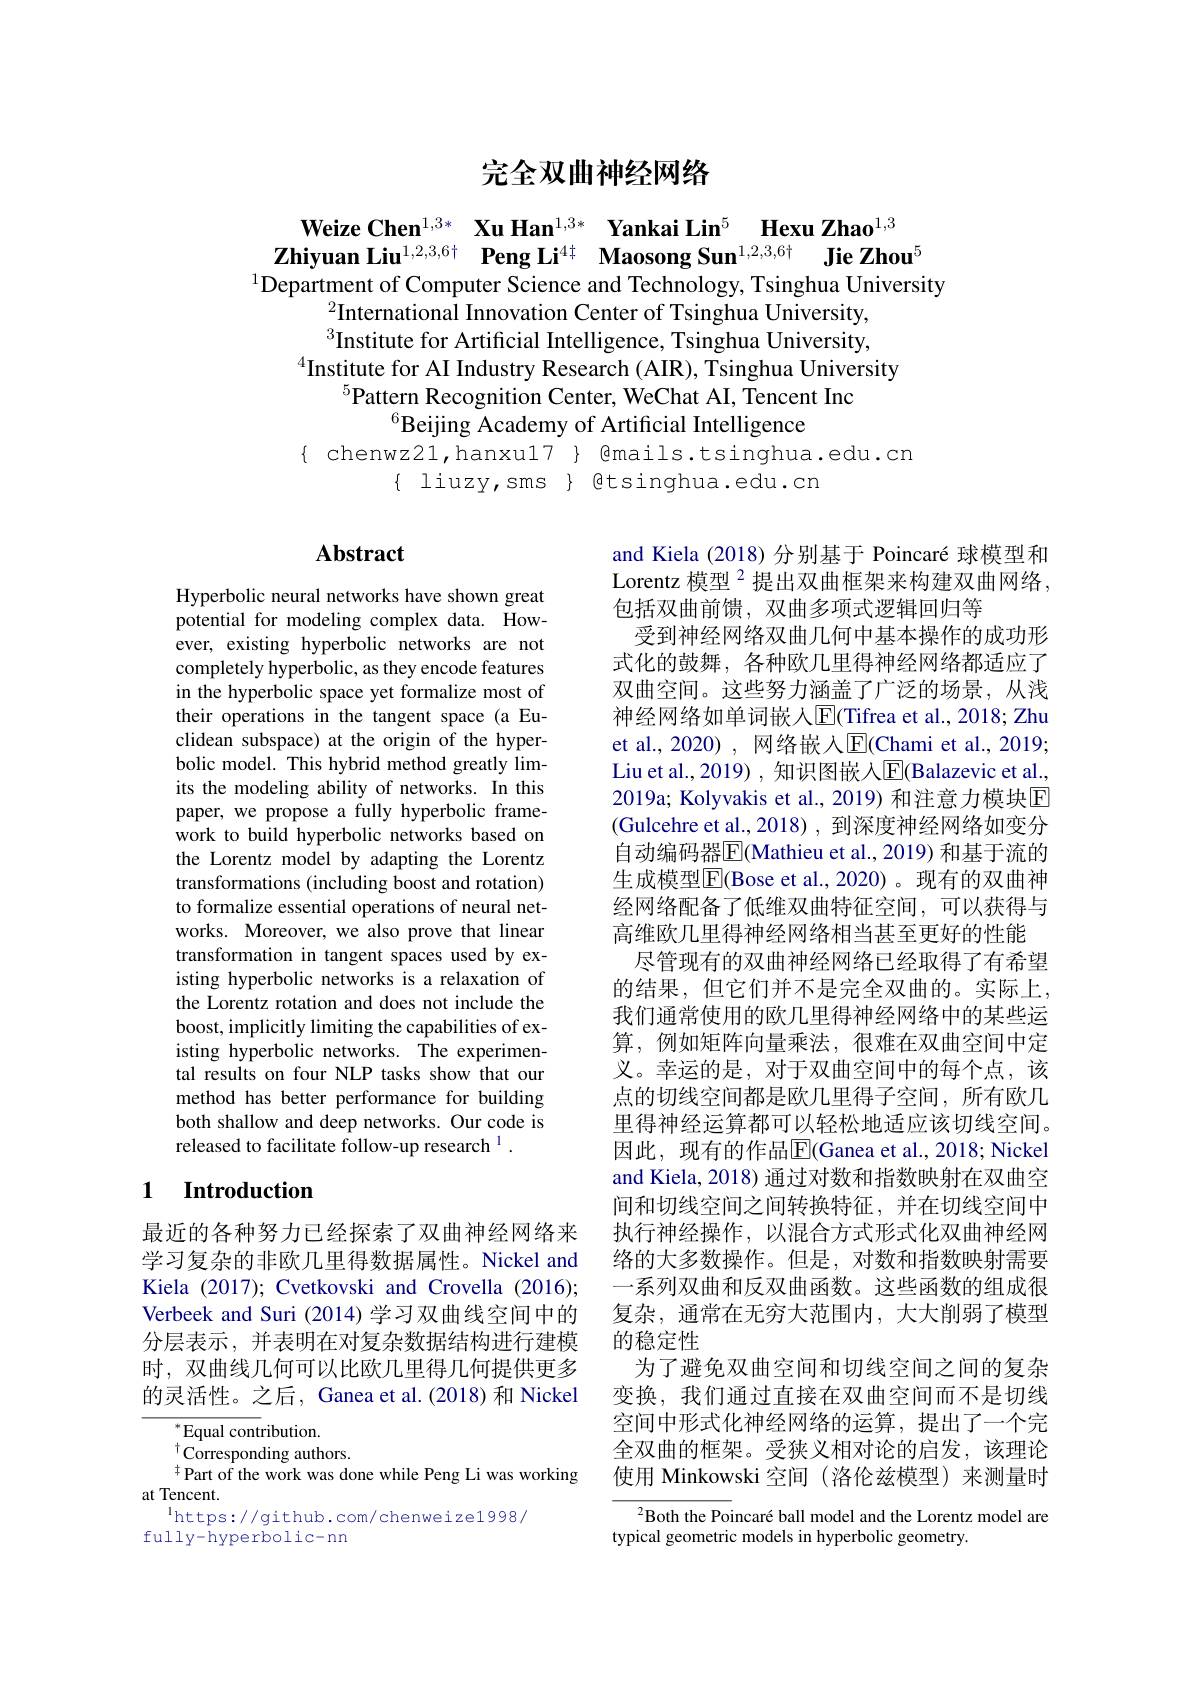
# 完全双曲神经网络

$\begin{array}{cc}\text{Weize Chen}^{1,3*}&\textbf{Xu Han}^{1,3*}&\textbf{Yankai Lin}^{5}&\textbf{Hexu Zhao}^{1,3}\\\textbf{Zhiyuan Liu}^{1,2,3,6\dagger}&\textbf{Peng Li}^{4\dagger}&\textbf{Maosong Sun}^{1,2,3,6\dagger}&\textbf{Jie Zhou}^{5}\end{array}$ $^{1}$Department of Computer Science and Technology, Tsinghua University

$^{2}$International Innovation Center of Tsinghua University, $^3$Institute for Artificial Intelligence, Tsinghua University,
$^{4}$Institute for AI Industry Research (AIR), Tsinghua University
$^{5}$Pattern Recognition Center, WeChat AI, Tencent Inc
$^{6}$Beijing Academy of Artificial Intelligence
$\{ chenwz21, hanxu17 \} @mails.tsinghua.edu.cn$
$\{$ liuzy,sms $\}$ etsinghua.edu.cn

# Abstract

Hyperbolic neural networks have shown great potential for modeling complex data. However, existing hyperbolic networks are not completely hyperbolic, as they encode features in the hyperbolic space yet formalize most of their operations in the tangent space (a Euclidean subspace) at the origin of the hyperbolic model. This hybrid method greatly limits the modeling ability of networks. In this paper, we propose a fully hyperbolic framework to build hyperbolic networks based on the Lorentz model by adapting the Lorentz transformations (including boost and rotation) to formalize essential operations of neural networks. Moreover, we also prove that linear transformation in tangent spaces used by existing hyperbolic networks is a relaxation of the Lorentz rotation and does not include the boost, implicitly limiting the capabilities of existing hyperbolic networks. The experimental results on four NLP tasks show that our method has better performance for building both shallow and deep networks. Our code is released to facilitate follow-up research 1 .

### 1 $\textbf{Introduction}$

最近的各种努力已经探索了双曲神经网络来学习复杂的非欧几里得数据属性。Nickel and Kiela (2017); Cvetkovski and Crovella (2016); Verbeek and Suri (2014) 学习双曲线空间中的分层表示，并表明在对复杂数据结构进行建模时，双曲线几何可以比欧几里得几何提供更多的灵活性。之后，Ganea et al.(2018) 和 Nickel

$^*$Equal contribution.
$^{\dagger}{\dot{\mathrm{Corresponding~authors.}}}$
${}^{\ddagger}{\mathrm{Part~of~the~work~was~done~while~Peng~Li~was~working}}$
at Tencent.
$^{\mathrm{l}}$https://github.com/chenweize1998/
fully-hyperbolic-nn

and Kiela (2018) 分别基于 Poincaré 球模型和Lorentz 模型$^{2}$提出双曲框架来构建双曲网络， 包括双曲前馈，双曲多项式逻辑回归等
受到神经网络双曲几何中基本操作的成功形式化的鼓舞，各种欧几里得神经网络都适应了双曲空间。这些努力涵盖了广泛的场景，从浅神经网络如单词嵌人$\overline{\mathrm{E}}($Tifrea et al., 2018; Zhu et al., 2020) , 网络嵌入$\operatorname{E}$(Chami et al., 2019; Liu et al., 2019) , 知识图嵌入$\overline{\mathrm{E}}$(Balazevic et al., 2019a; Kolyvakis et al., 2019) 和注意力模块E (Gulcehre et al., 2018) , 到深度神经网络如变分自动编码器$\overline{\mathrm{E}}($Mathieu et al., 2019) 和基于流的生成模型$\overline{\mathrm{F}}($Bose et al.,2020)。现有的双曲神经网络配备了低维双曲特征空间，可以获得与高维欧几里得神经网络相当甚至更好的性能
尽管现有的双曲神经网络已经取得了有希望的结果，但它们并不是完全双曲的。实际上， 我们通常使用的欧几里得神经网络中的某些运算，例如矩阵向量乘法，很难在双曲空间中定义。幸运的是，对于双曲空间中的每个点，该点的切线空间都是欧几里得子空间，所有欧几里得神经运算都可以轻松地适应该切线空间。因此，现有的作品$\overline{\mathrm{E}}($Ganea et al.,2018;Nickel and Kiela, 2018) 通过对数和指数映射在双曲空间和切线空间之间转换特征，并在切线空间中执行神经操作，以混合方式形式化双曲神经网络的大多数操作。但是，对数和指数映射需要一系列双曲和反双曲函数。这些函数的组成很复杂，通常在无穷大范围内，大大削弱了模型的稳定性
为了避免双曲空间和切线空间之间的复杂变换，我们通过直接在双曲空间而不是切线空间中形式化神经网络的运算，提出了一个完全双曲的框架。受狭义相对论的启发，该理论使用 Minkowski 空间 (洛伦兹模型)来测量时
$^{2}$Both the Poincaré ball model and the Lorentz model are

typical geometric models in hyperbolic geometry.